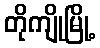
တိုကျိုမြို့